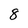
Character: 8